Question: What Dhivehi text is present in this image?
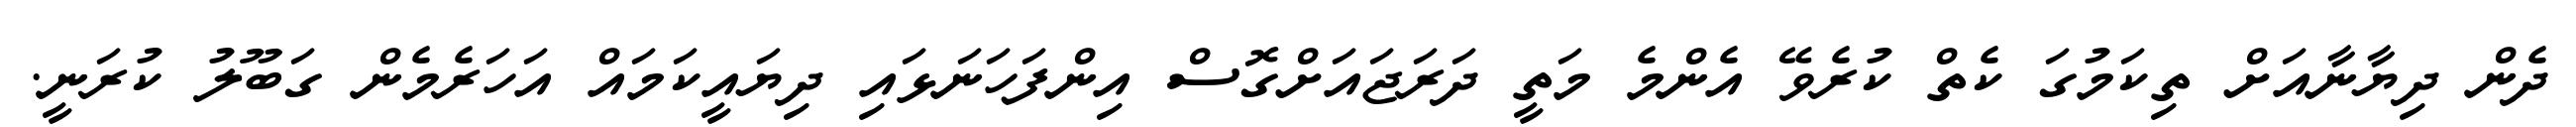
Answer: ދެން ދިޔާނާއަށް ތިކަމުގަ ކެތް ކުރެވޭ އެންމެ މަތީ ދަރަޖައަށްގޮސް އިންފަހަނަޅައި ދިޔައީކަމައް އަހަރެމެން ގަބޫލު ކުރަނީ.